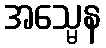
အသ္မေန